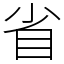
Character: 省